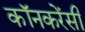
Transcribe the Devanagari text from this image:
कॉनकरेंसी